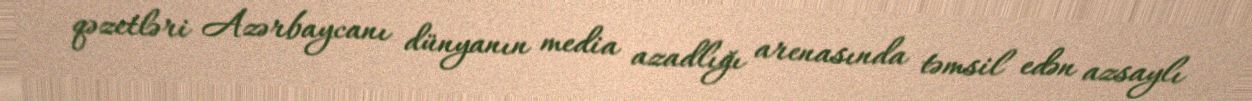
qəzetləri Azərbaycanı dünyanın media azadlığı arenasında təmsil edən azsaylı